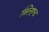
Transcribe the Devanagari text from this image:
क्लिष्टच